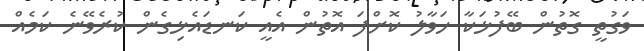
ވަގުތީ ގޮތުން ބޭފުޅަކާ ހަވާލު ކޮށްފަ އޮތުން އެއީ ކަނޑައެޅިގެން ކުރެވޭނެ ކަމެއް